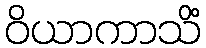
ဝိယာကာသိံ